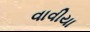
વાવીયા